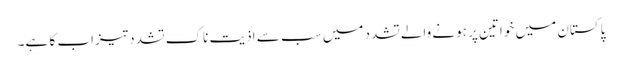
پاکستان میں خواتین پر ہونے والےتشدد میں سب سے اذیت ناک تشدد تیزاب کا ہے۔